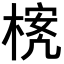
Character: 𪳃